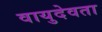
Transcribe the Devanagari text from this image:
वायुदेवता